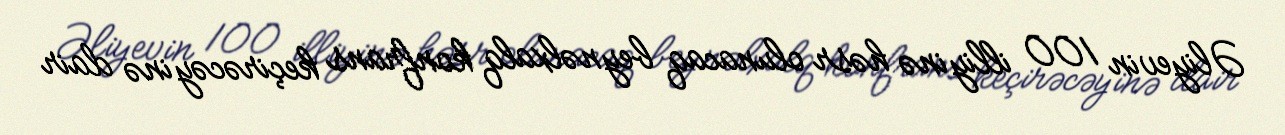
Əliyevin 100 illiyinə həsr olunacaq beynəlxalq konfrans keçirəcəyinə dair